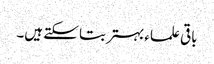
باقی علماء بہتر بتا سکتے ہیں۔